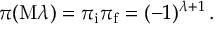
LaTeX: \pi ( \mathrm { M } \lambda ) = \pi _ { \mathrm { i } } \pi _ { \mathrm { f } } = ( - 1 ) ^ { \lambda + 1 } \, .